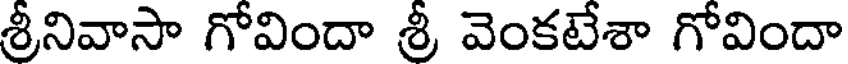
శ్రీనివాసా గోవిందా శ్రీ వెంకటేశా గోవిందా